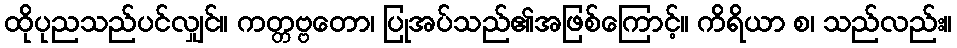
ထိုပုညသည်ပင်လျှင်။ ကတ္တဗ္ဗတော၊ ပြုအပ်သည်၏အဖြစ်ကြောင့်။ ကိရိယာ စ၊ သည်လည်း။